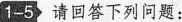
1-5 请回答下列问题：